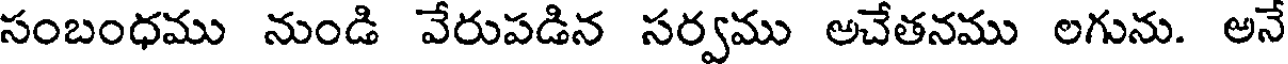
సంబంధము నుండి వేరుపడిన సర్వము అచేతనము లగును. అనే